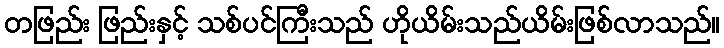
တဖြည်း ဖြည်းနှင့် သစ်ပင်ကြီးသည် ဟိုယိမ်းသည်ယိမ်းဖြစ်လာသည်။